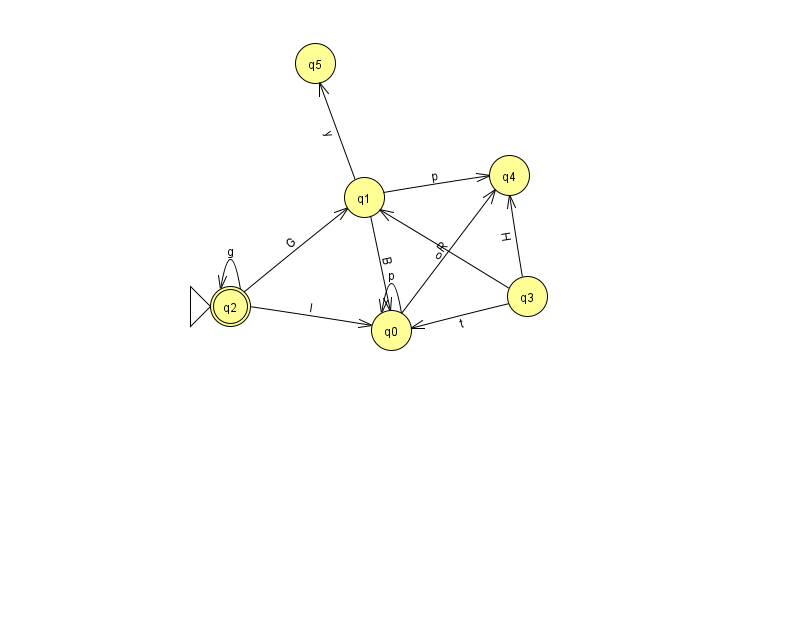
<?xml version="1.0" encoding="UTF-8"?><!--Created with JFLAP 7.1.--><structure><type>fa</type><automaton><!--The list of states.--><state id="0" name="q0"><x>391.0</x><y>317.0</y></state><state id="1" name="q1"><x>364.0</x><y>184.0</y></state><state id="2" name="q2"><x>230.0</x><y>293.0</y><initial/><final/></state><state id="3" name="q3"><x>527.0</x><y>283.0</y></state><state id="4" name="q4"><x>509.0</x><y>162.0</y></state><state id="5" name="q5"><x>315.0</x><y>50.0</y></state><!--The list of transitions.--><transition><from>0</from><to>0</to><read>p</read></transition><transition><from>2</from><to>1</to><read>G</read></transition><transition><from>0</from><to>4</to><read>R</read></transition><transition><from>2</from><to>0</to><read>l</read></transition><transition><from>2</from><to>2</to><read>g</read></transition><transition><from>3</from><to>4</to><read>H</read></transition><transition><from>1</from><to>5</to><read>y</read></transition><transition><from>1</from><to>4</to><read>p</read></transition><transition><from>3</from><to>1</to><read>o</read></transition><transition><from>1</from><to>0</to><read>B</read></transition><transition><from>3</from><to>0</to><read>t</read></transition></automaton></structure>